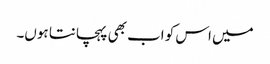
میں اس کو اب بھی پہچانتا ہوں۔